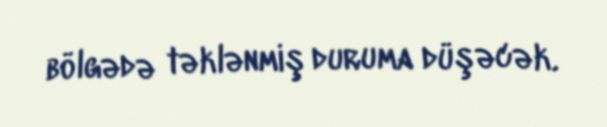
bölgədə təklənmiş duruma düşəcək.